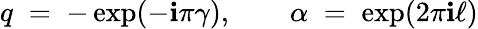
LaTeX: q\; =\; -\exp(-\mathbf{i}\pi\gamma),\qquad\alpha\; =\; \exp(2\pi\mathbf{i}\ell)